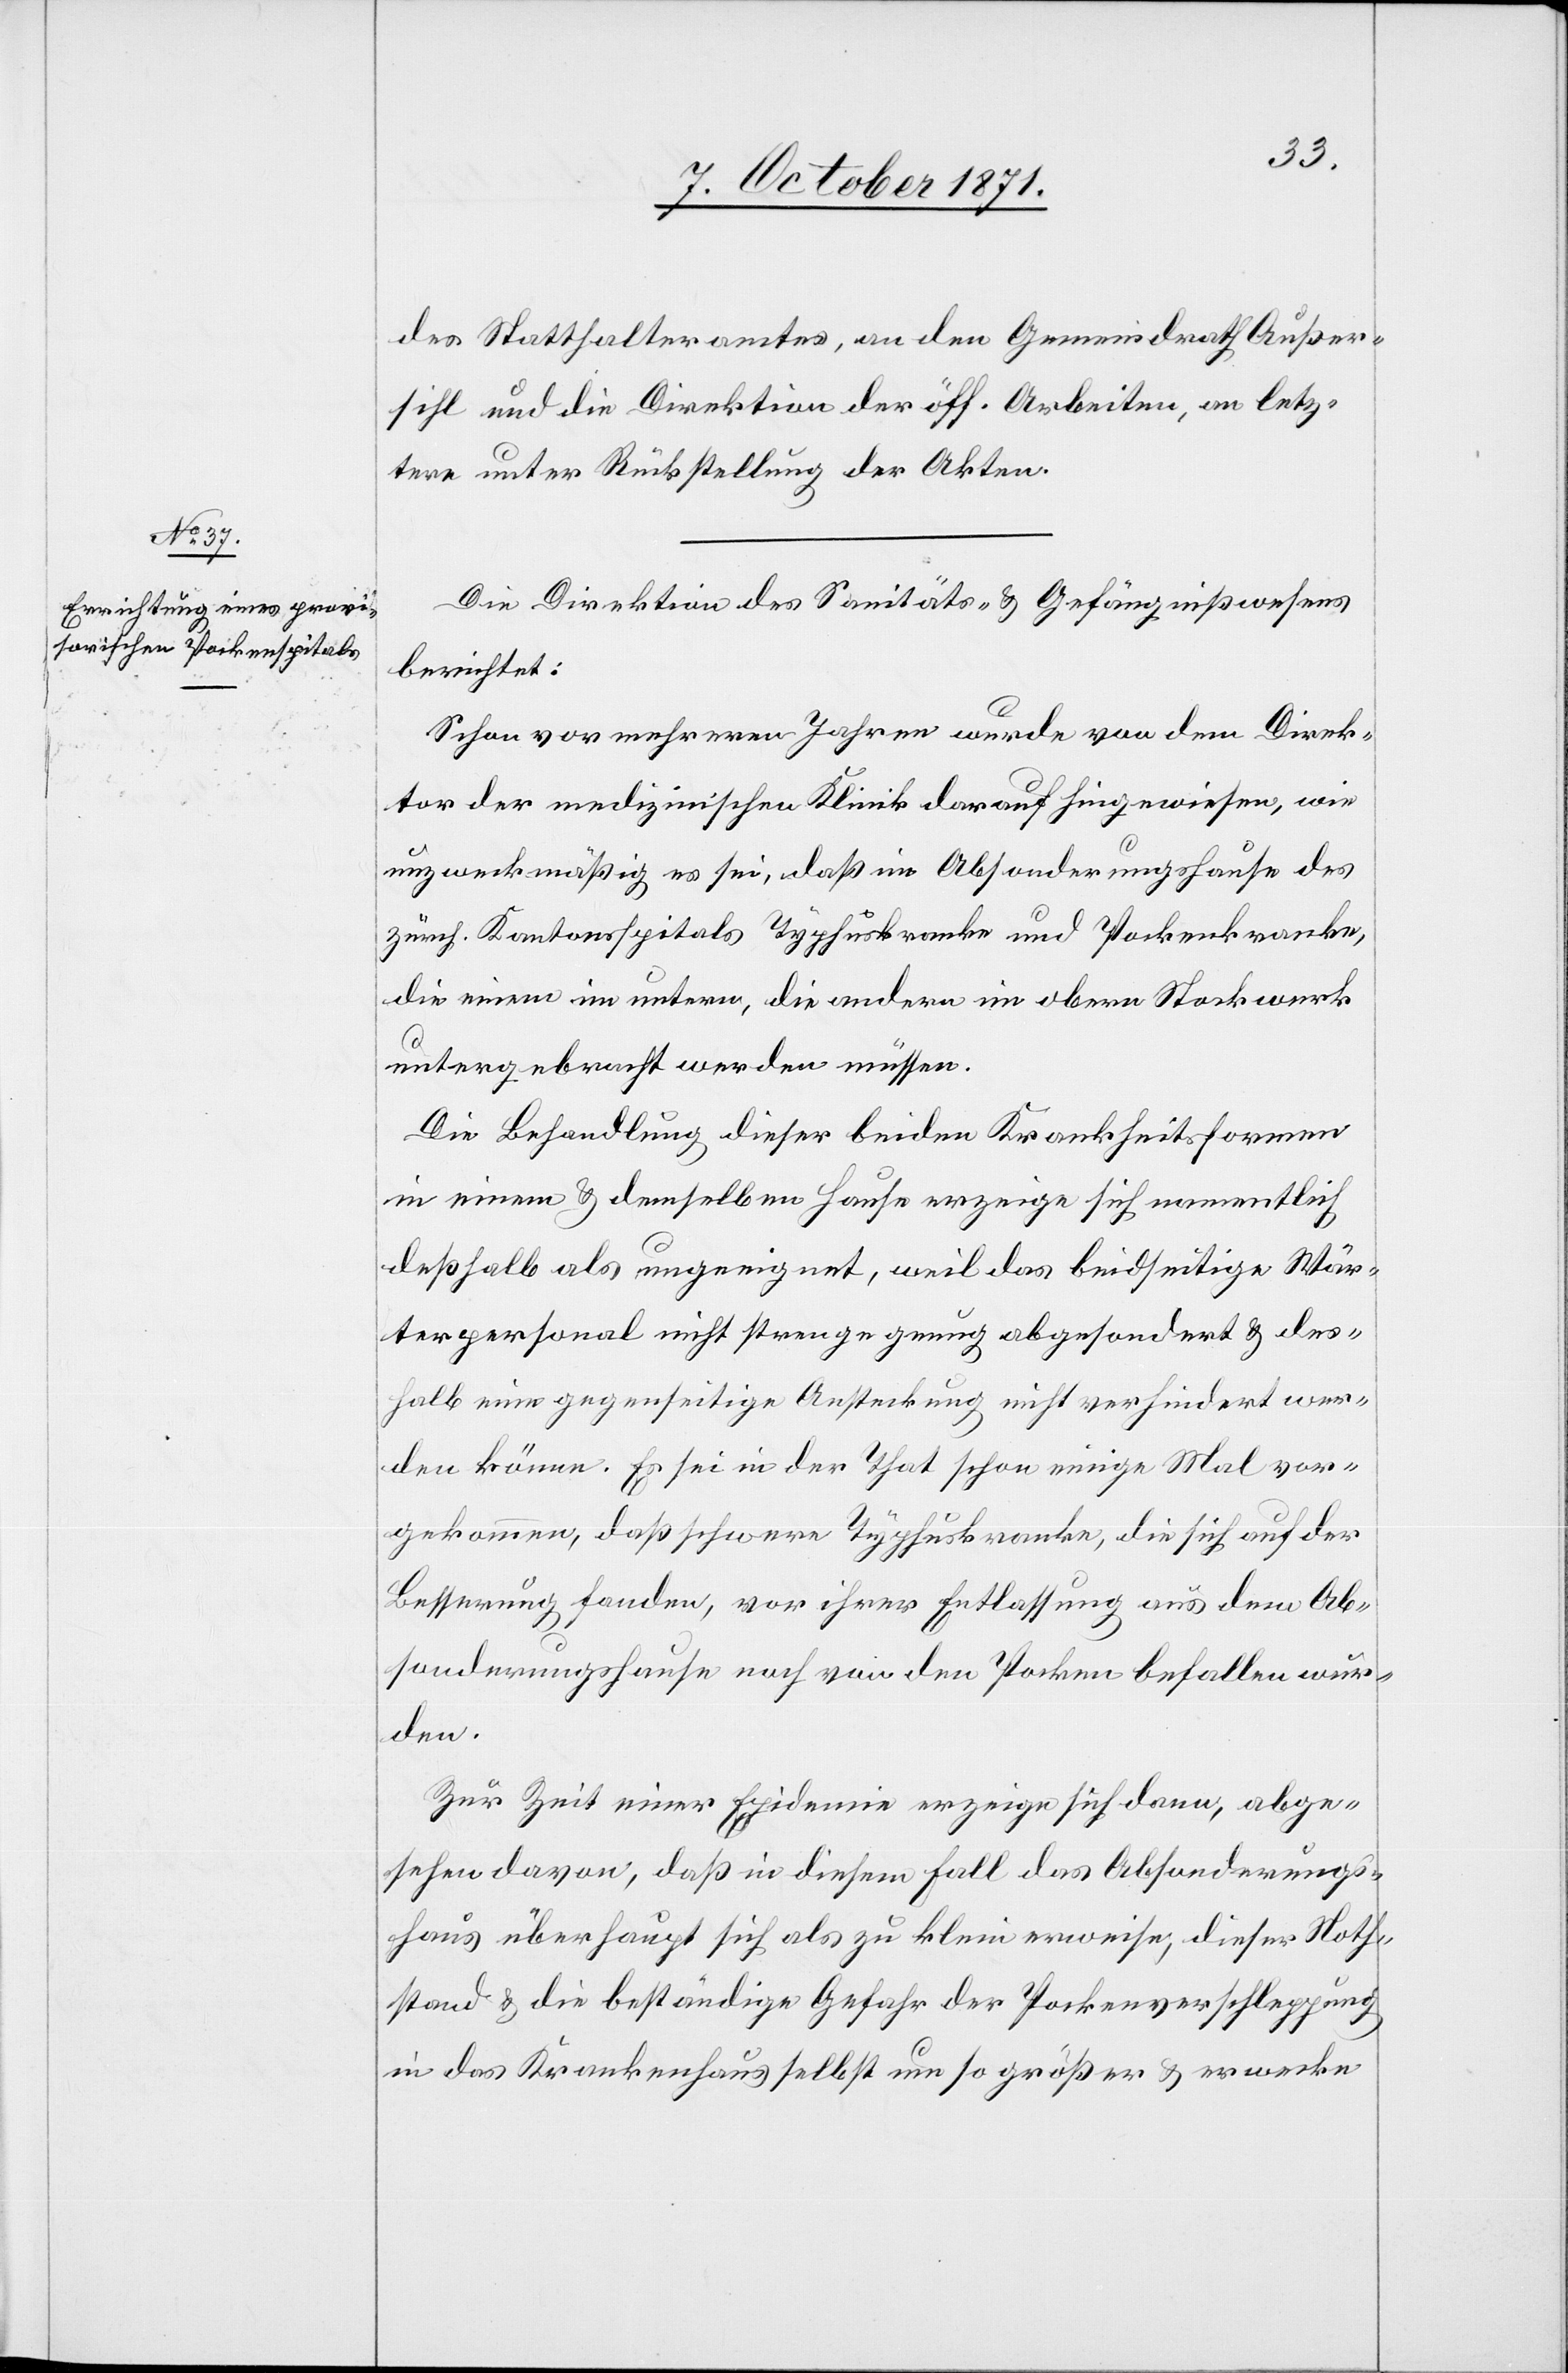
des Statthalteramtes, an den Gemeindrath Außer¬
sihl und die Direktion der öff. Arbeiten, an letz¬
tere unter Rückstellung der Akten.
Die Direktion des Sanitäts- & Gefängniswesens
berichtet:
Schon vor mehreren Jahren wurde von dem Direk¬
tor der medizinischen Klinik darauf hingewiesen, wie
unzweckmäßig es sei, daß im Absonderungshause des
zürch. Kantonsspitals Typhuskranke und Pockenkranke,
die einen im untern, die andern im obern Stockwerk
untergebracht werden müssen.
Die Behandlung dieser beiden Krankheitsformen
in einem & demselben Hause erzeige sich namentlich
deshalb als ungeeignet, weil das beidseitige Wär¬
terpersonal nicht strenge genug abgesondert & des¬
halb eine gegenseitige Ansteckung nicht verhindert wer¬
den könne. Es sei in der That schon einige Mal vor¬
gekommen, daß schwere Typhuskranke, die sich auf der
Besserung fanden, vor ihrer Entlassung aus dem Ab¬
sonderungshause noch von den Pocken befallen wur¬
den.
Zur Zeit einer Epidemie erzeige sich dann, abge¬
sehen davon, daß in diesem Fall das Absonderungs¬
haus überhaupt sich als zu klein erweise, dieser Noth¬
stand & die beständige Gefahr der Pockenverschleppung
in das Krankenhaus selbst um so größer & erwecke